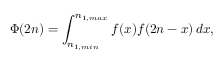
\Phi ( 2 n ) = \int _ { n _ { 1 , m i n } } ^ { n _ { 1 , m a x } } f ( x ) f ( 2 n - x ) \, d x ,